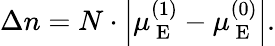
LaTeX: \Delta n=N\cdot\left|\mu_{\mathrm{~E~}}^{(1)}-\mu_{\mathrm{~E~}}^{(0)}\right|.